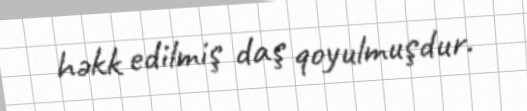
həkk edilmiş daş qoyulmuşdur.